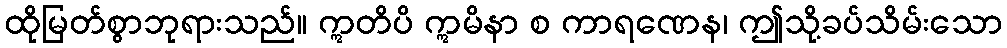
ထိုမြတ်စွာဘုရားသည်။ ဣတိပိ ဣမိနာ စ ကာရဏေန၊ ဤသို့ခပ်သိမ်းသော